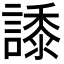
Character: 𧬠